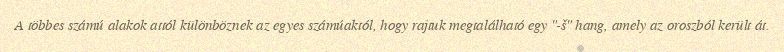
A többes számú alakok attól különböznek az egyes számúaktól, hogy rajtuk megtalálható egy "-š" hang, amely az oroszból került át.